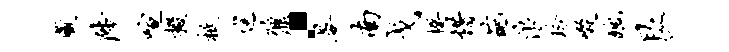
藏陟喧掇柢巡鼐·晏南戈揆惜葩浪玲啜丑艮